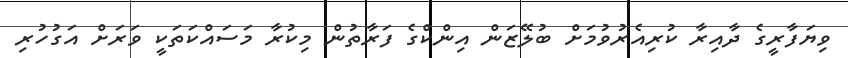
ވިޔަފާރީގެ ދާއިރާ ކުރިއެރުވުމަށް ބުލޭޒަން އިންކްގެ ފަރާތުން މިކުރާ މަސައްކަތަކީ ވަރަށް އަގުހުރި